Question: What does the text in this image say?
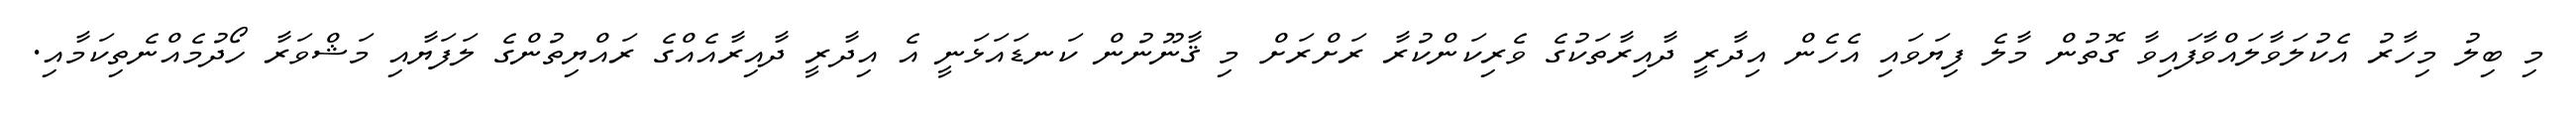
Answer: މި ބިލު މިހާރު އެކުލަވާލައްވާފައިވާ ގޮތުން މާލެ ފިޔަވައި އެހެން އިދާރީ ދާއިރާތަކުގެ ވެރިކަންކުރާ ރަށްރަށް މި ޤާނޫނުން ކަނޑައަޅަނީ އެ އިދާރީ ދާއިރާއެއްގެ ރައްޔިތުންގެ ލަފަޔާއި މަޝްވަރާ ހޯދުމެއްނެތިކަމާއި.